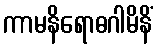
ကာမနိရောဓဂါမိနိံ